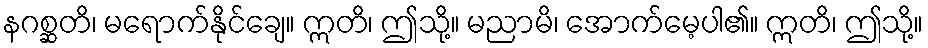
နဂစ္ဆတိ၊ မရောက်နိုင်ချေ။ ဣတိ၊ ဤသို့။ မညာမိ၊ အောက်မေ့ပါ၏။ ဣတိ၊ ဤသို့။